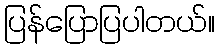
ပြန်ပြောပြပါတယ်။